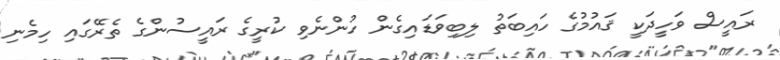
ރައީސް ވަހީދަކީ ޤައުމުގެ ހައިބަތު ލިބިވަޑައިގެން ހުންނެވި ކުރީގެ ރައީސުންގެ ތެރޭގައި ހިމެނި